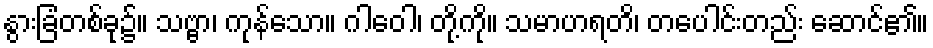
နွားခြံတစ်ခု၌။ သဗ္ဗာ၊ ကုန်သော။ ဂါဝေါ၊ တို့ကို။ သမာဟရတိ၊ တပေါင်းတည်း ဆောင်၏။